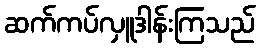
ဆက်ကပ်လှူဒါန်းကြသည်